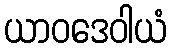
ယာဝဒေဝါယံ